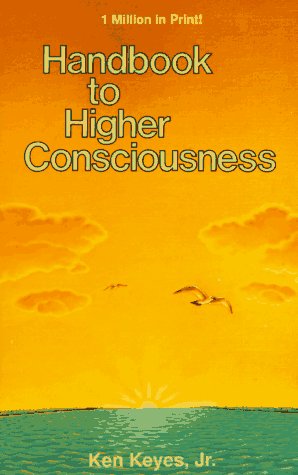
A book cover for Handbook to Higher Consciousness; Ken Keyes; Politics & Social Sciences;